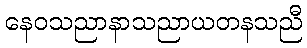
နေဝသညာနာသညာယတနသညီ